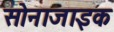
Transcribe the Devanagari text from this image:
सोनाजाइक